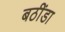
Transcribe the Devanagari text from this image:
बठींडा